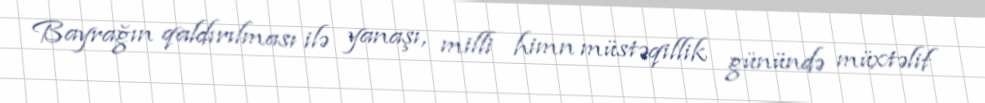
Bayrağın qaldırılması ilə yanaşı, milli himn müstəqillik günündə müxtəlif